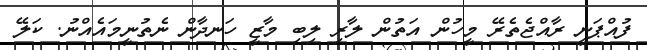
ފުއްޕަނީ ރާއްޖެތެރޭ މީހުން އަތުން ލާރި ލިބި މާޒީ ހަނދާން ނެތުނީމައެއްނު. ކަލޭ